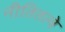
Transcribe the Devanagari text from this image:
नीतितत्वे